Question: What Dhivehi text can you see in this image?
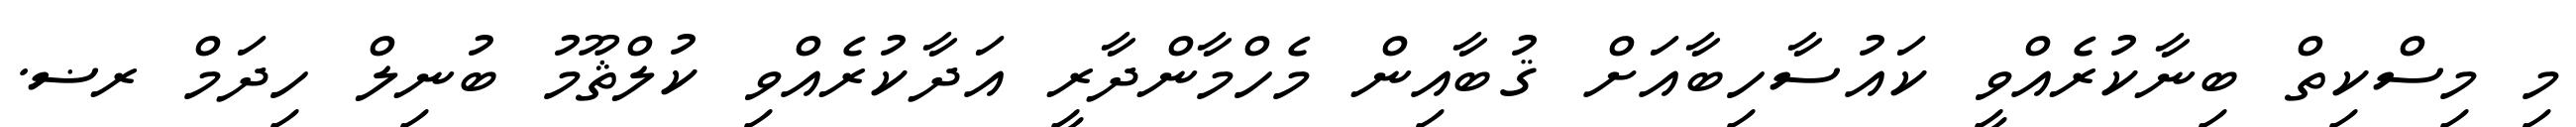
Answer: މި މިސްކިތް ބިނާކުރެއްވީ ކައުސާހިބާއަށް ޤުބާއިން މެހްމާންދާރީ އަދާކުރެއްވި ކުލްޘޫމު ބުނިލް ހިދަމް ރޟ.